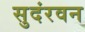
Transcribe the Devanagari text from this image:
सुदंरवन